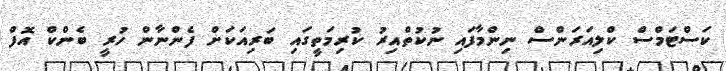
ކަސްޓަމްސް ކްލިއަރަންސް ނިންމާފައި ނުކުތްއިރު ކުރިމަތީގައި ބަރިއަކަށް ފެންނާން ހުރީ ބެންކް އޮފް